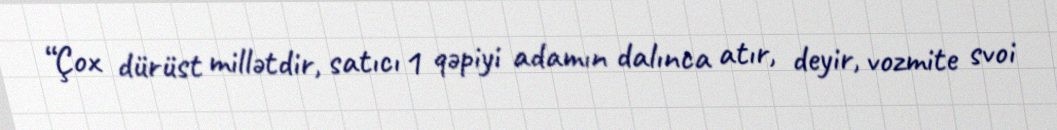
“Çox dürüst millətdir, satıcı 1 qəpiyi adamın dalınca atır, deyir, vozmite svoi